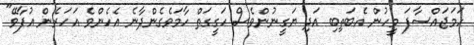
ހަމަޖައްސާފަ މީހުން އެބަތިބި އަދި ޔަގީނުންވެސް ހަގީގަތް ހާމަވެގެންދާނެ އެހެންވެ އަހަރެން އުފާވޭ"